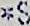
*S